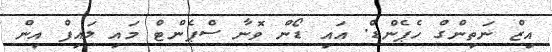
އިޒް ނަތިންގް ހެޕެންޑް. އައި ޑޯން ވޮނާ ސްޕެންޓް މައި ލައިފް އިން